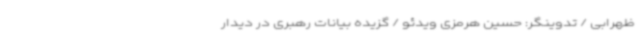
ظهرابی / تدوینگر: حسین هرمزی ویدئو / گزیده بیانات رهبری در دیدار